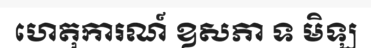
ហេតុការណ៍ ឧសភា ទ មិឡ